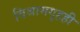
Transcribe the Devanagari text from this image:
विश्रामगृहही